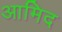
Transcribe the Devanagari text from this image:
आमिद